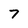
Character: 7